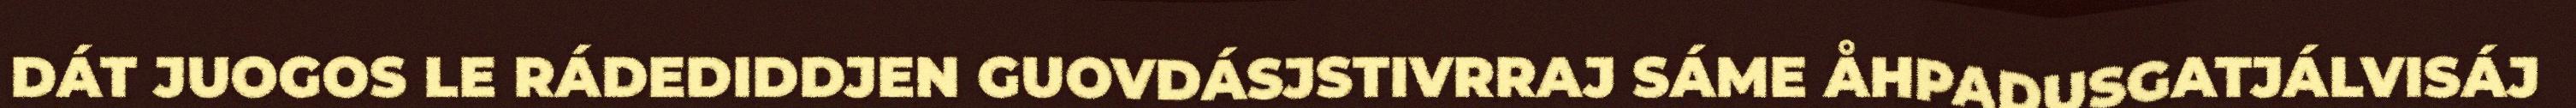
DÁT JUOGOS LE RÁDEDIDDJEN GUOVDÁSJSTIVRRAJ SÁME ÅHPADUSGATJÁLVISÁJ